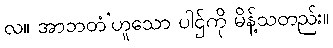
လ။ အာဘတံ’ဟူသော ပါဌ်ကို မိန့်သတည်း။